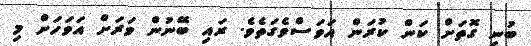
ބުނި ގޮތަށް ކަން ކުރަން އަވަސްވެގަތެވެ. ރައި ބޭނުން ވަރަށް އަވަހަށް މި